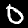
Label: 0